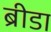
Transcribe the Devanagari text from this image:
ब्रीडा